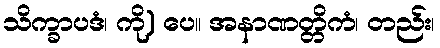
သိက္ခာပဒံ၊ ကို) ပေ။ အနာဏတ္တိကံ၊ တည်း၊